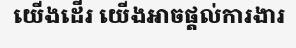
យើងដើរ យើងអាចផ្តល់ការងារ